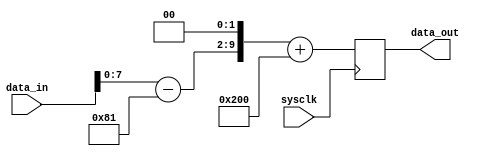
//------------------------------
// Module name: allpass processor
// Function: Simply to pass input to output
// Creator:  BenNB
// Version:  1.1
//------------------------------

module processor (sysclk, data_in, data_out);

	input				sysclk;		// system clock
	input [9:0]		data_in;		// 10-bit input data
	output [9:0] 	data_out;	// 10-bit output data

	wire				sysclk;
	wire [9:0]		data_in;
	reg [9:0] 		data_out;
	wire [9:0]		x,y;

	parameter 		ADC_OFFSET = 10'h181;
	parameter 		DAC_OFFSET = 10'h200;

	assign x = data_in[9:0] - ADC_OFFSET;		// x is input in 2's complement
	
	
	// This part should include your own processing hardware 
	// ... that takes x to produce y
	// ... In this case, it is ALL PASS.
	assign y = {x[7:0],2'b00};
	
	//  Now clock y output with system clock
	always @(posedge sysclk)
		data_out <=  y + DAC_OFFSET;
		
endmodule